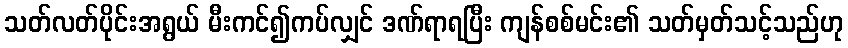
သတ်လတ်ပိုင်းအရွယ် မီးကင်၍ကပ်လျှင် ဒဏ်ရာရပြီး ကျန်စစ်မင်း၏ သတ်မှတ်သင့်သည်ဟု